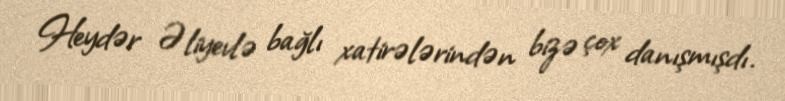
Heydər Əliyevlə bağlı xatirələrindən bizə çox danışmışdı.